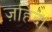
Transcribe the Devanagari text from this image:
ज़हिदा